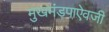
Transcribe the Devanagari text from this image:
मुखमंडपाऐवजी